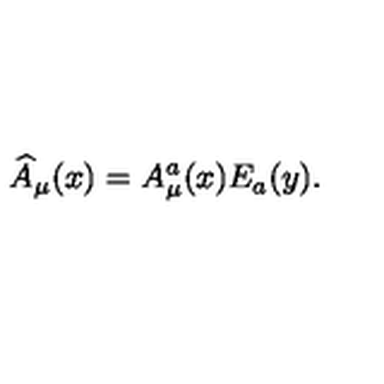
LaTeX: \widehat { A } _ { \mu } ( x ) = A _ { \mu } ^ { a } ( x ) E _ { a } ( y ) .